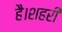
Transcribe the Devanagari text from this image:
है।शहरी